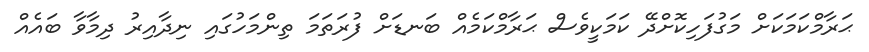
ޙަރާމްކަމަކަށް މަގުފަހިކޮށްދޭ ކަމަކީވެސް ޙަރާމްކަމެއް ބަނޑަށް ފުރަތަމަ ތިންމަހުގައި ނިދާއިރު ދިމާވާ ބައެއް